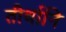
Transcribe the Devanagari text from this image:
तीर्थानि